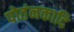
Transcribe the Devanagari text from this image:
पोतंनकादि